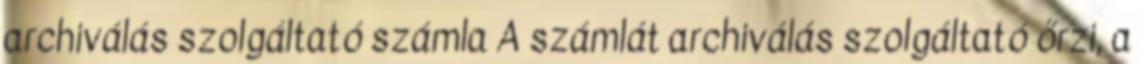
archiválás szolgáltató számla A számlát archiválás szolgáltató őrzi, a